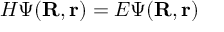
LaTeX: H \Psi ( \mathbf { R } , \mathbf { r } ) = E \Psi ( \mathbf { R } , \mathbf { r } )